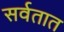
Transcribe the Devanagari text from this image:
सर्वतात